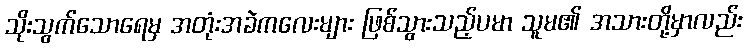
သိုးသွက်သောရေမှ အတုံးအခဲကလေးများ ဖြစ်သွားသည့်ပမာ သူမ၏ အသားတို့မှာလည်း